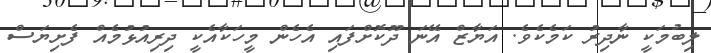
ލިބުމަކީ ނާދިރު ކަމެކެވެ. އަޔާޒް އޭނަ ދޫކޮށްފައި އެހެން މީހަކާއެކީ ދިރިއުޅުމެއް ފެށިޔަސް